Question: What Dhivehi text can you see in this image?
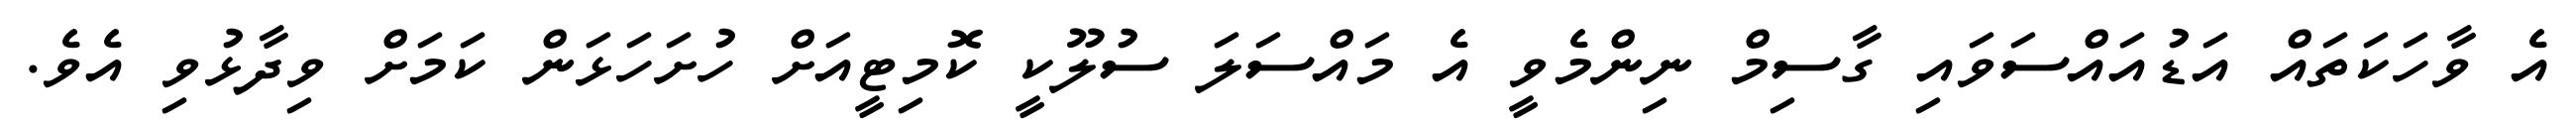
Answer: އެ ވާހަކަތައް އަޑުއައްސަވައި ގާސިމް ނިންމެވީ އެ މައްސަލަ ސުލޫކީ ކޮމިޓީއަށް ހުށަހަޅަން ކަމަށް ވިދާޅުވި އެވެ.